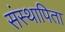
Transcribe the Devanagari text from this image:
संस्थापिता